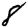
Digit: 8